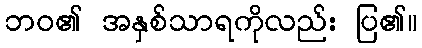
ဘဝ၏ အနှစ်သာရကိုလည်း ပြ၏။